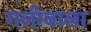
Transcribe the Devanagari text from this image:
गलीवाला